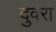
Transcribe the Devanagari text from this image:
दुवरा